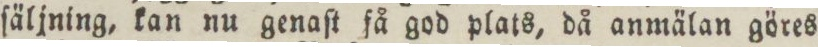
ſäljning, kan nu genaſt få god plats, då anmälan göres